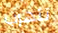
تتهرب